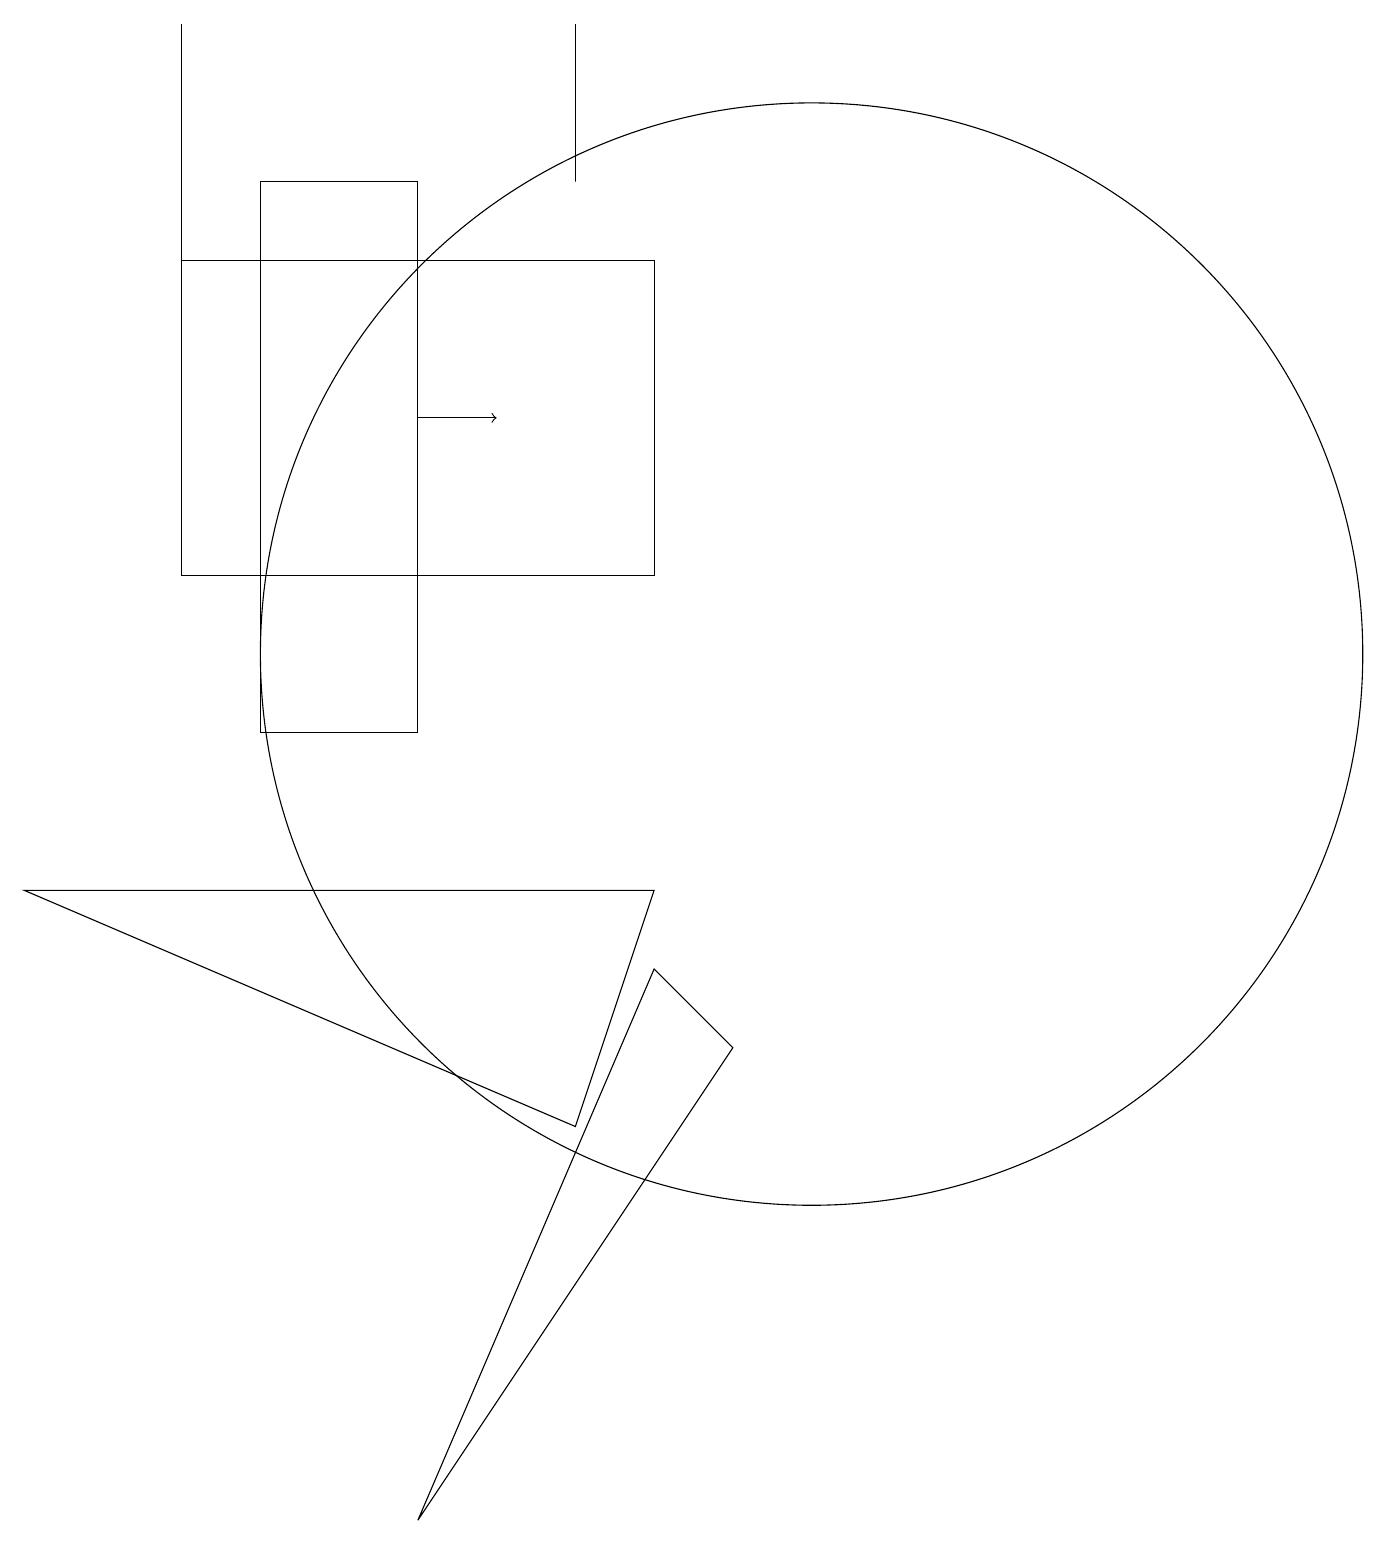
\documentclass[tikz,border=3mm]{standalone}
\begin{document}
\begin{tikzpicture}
\draw (2,19) rectangle (2,16);
\draw (7,5) -- (0,8) -- (8,8) -- cycle;
\draw (9,6) -- (5,0) -- (8,7) -- cycle;
\draw (10,11) circle (7);
\draw[->] (5,14) -- (6,14);
\draw (7,19) rectangle (7,17);
\draw (8,12) rectangle (2,16);
\draw (3,17) rectangle (5,10);
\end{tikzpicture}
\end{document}